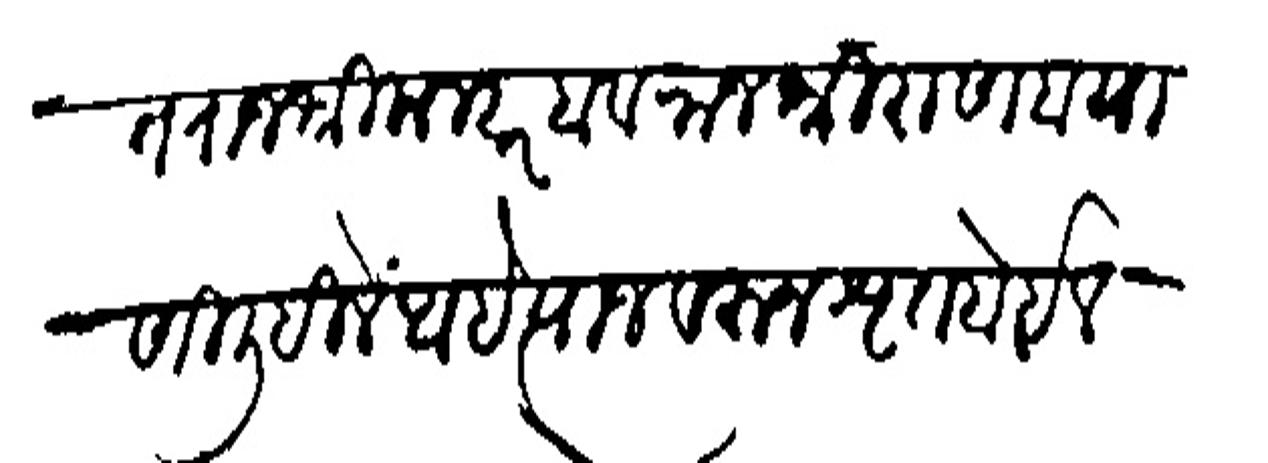
Transliteration (Devanagari): वृत्त राजशी मल्हारबा व राजशी राणवा याणी लिहिलें आहे त्याजवरन श्रृत होईल